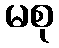
မစု